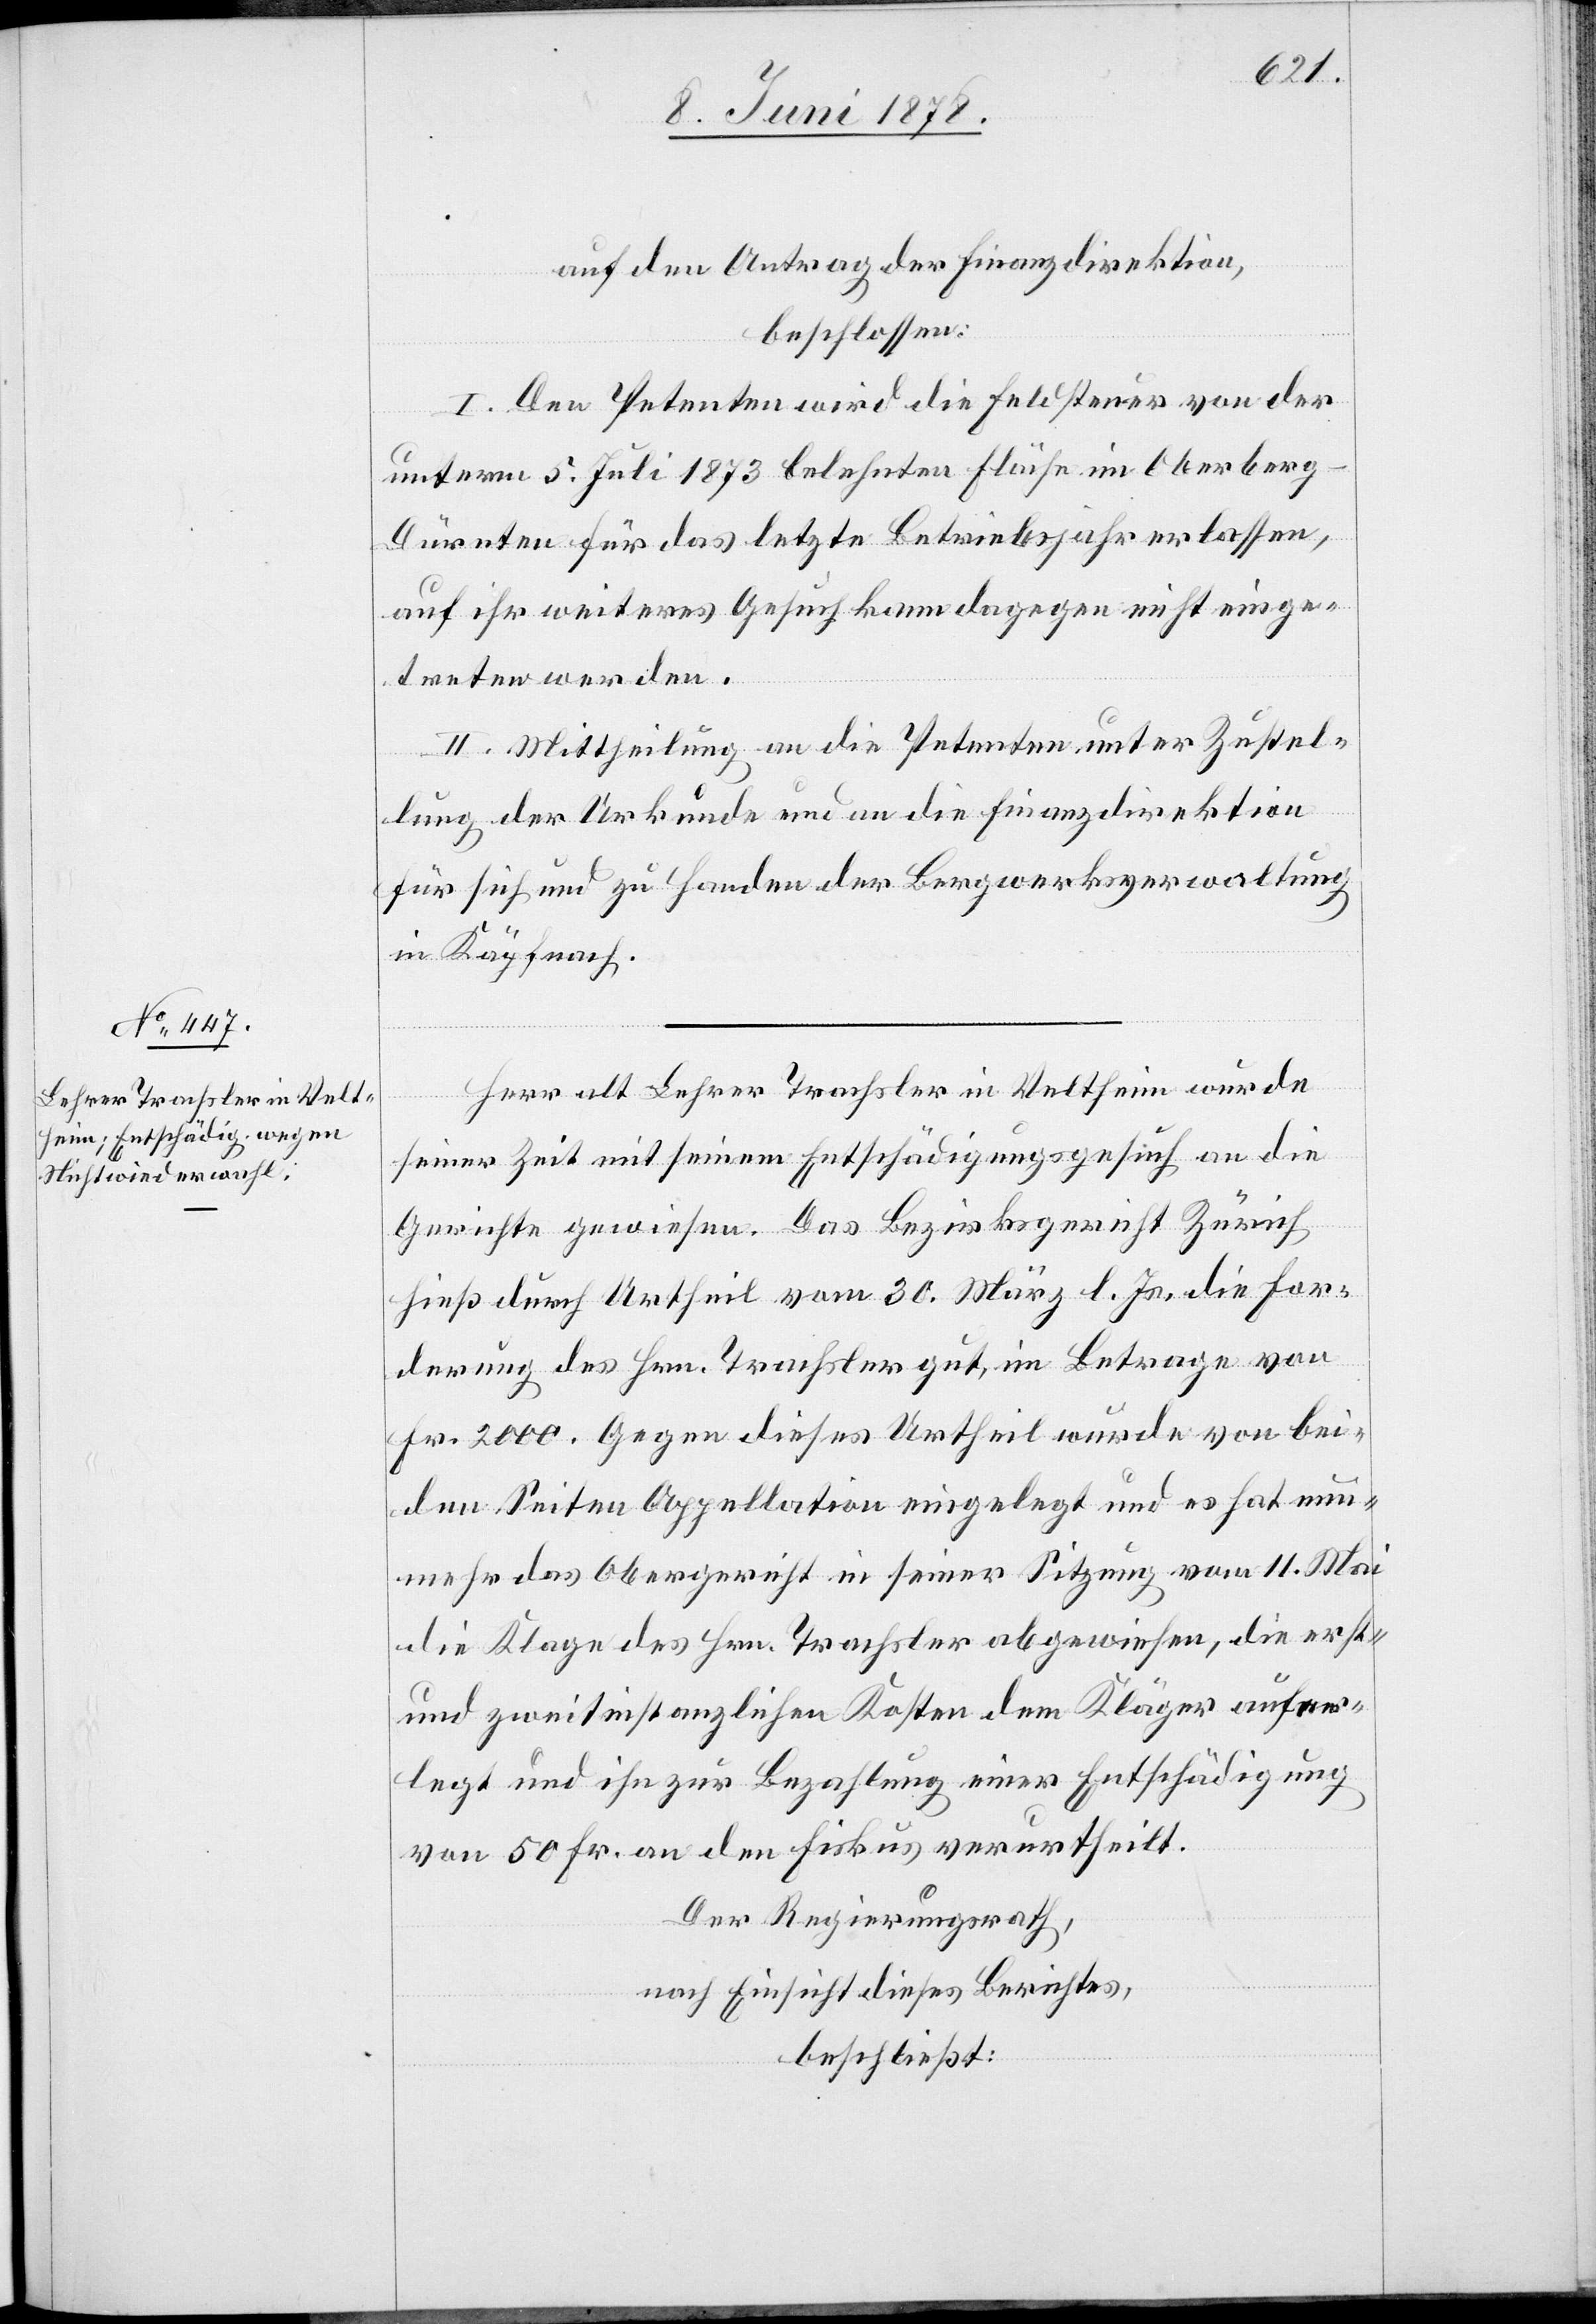
auf den Antrag der Finanzdirektion,
beschlossen:
I. Dem Petenten wird die Feldsteuer von der
unterm 5. Juli 1873 belehnten Fläche im Oberberg
Dürnten für das letzte Betriebsjahr erlassen,
auf ihr weiteres Gesuch kann dagegen nicht einge¬
treten werden.
II. Mittheilung an die Petenten unter Zustel¬
lung der Urkunde und an die Finanzdirektion
für sich und zu Handen der Bergwerksverwaltung
in Käpfnach.
Herr alt Lehrer Trachsler in Veltheim wurde
seiner Zeit mit seinem Entschädigungsgesuch an die
Gerichte gewiesen. Das Bezirksgericht Zürich
hieß durch Urtheil vom 30. März l. Js. die For¬
derung des Hrn. Trachsler gut, im Betrage von
Fr. 2000. Gegen dieses Urtheil wurde von bei¬
den Seiten Appellation eingelegt und es hat nun¬
mehr das Obergericht in seiner Sitzung vom 11. Mai
die Klage des Hrn. Trachsler abgewiesen, die erst-
und zweitinstanzlichen Kosten dem Kläger aufer¬
legt und ihn zur Bezahlung einer Entschädigung
von 50 Fr. an den Fiskus verurtheilt.
Der Regierungsrath,
nach Einsicht dieses Berichtes,
beschließt: